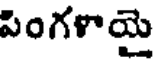
పింగళాయై